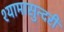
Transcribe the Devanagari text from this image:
श्यामासुन्दरी